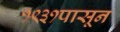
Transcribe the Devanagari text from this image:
१९३१पासून